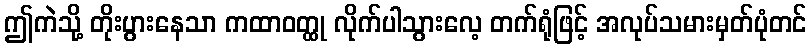
ဤကဲသို့ တိုးပွားနေသာ ကထာဝတ္ထု လိုက်ပါသွားလေ့ တက်ရုံဖြင့် အလုပ်သမားမှတ်ပုံတင်